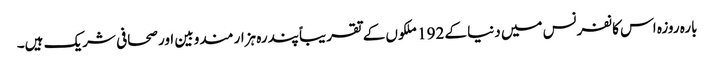
بارہ روزہ اس کانفرنس میں دنیا کے 192 ملکوں‍ کے تقریباً پندرہ ہزار مندوبین اور صحافی شریک ہیں۔